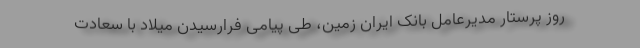
روز پرستار مدیرعامل بانک ایران زمین، طی پیامی فرارسیدن میلاد با سعادت